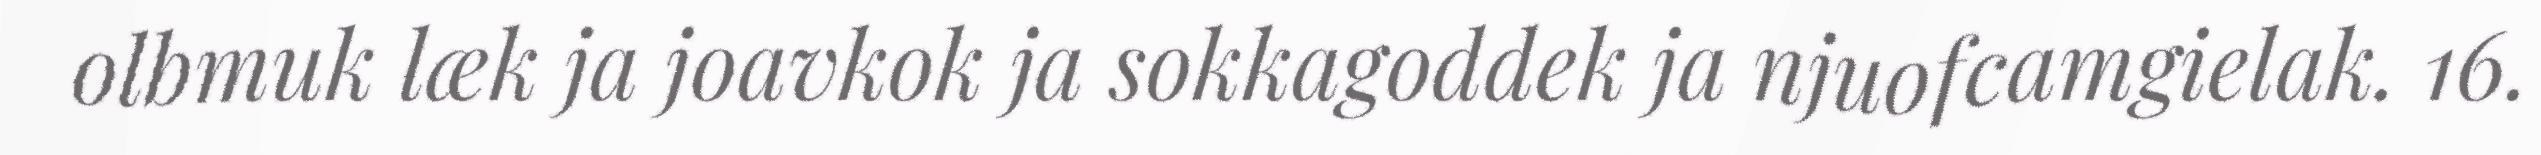
olbmuk læk ja joavkok ja sokkagoddek ja njuofcamgielak. 16.